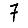
Digit: 7